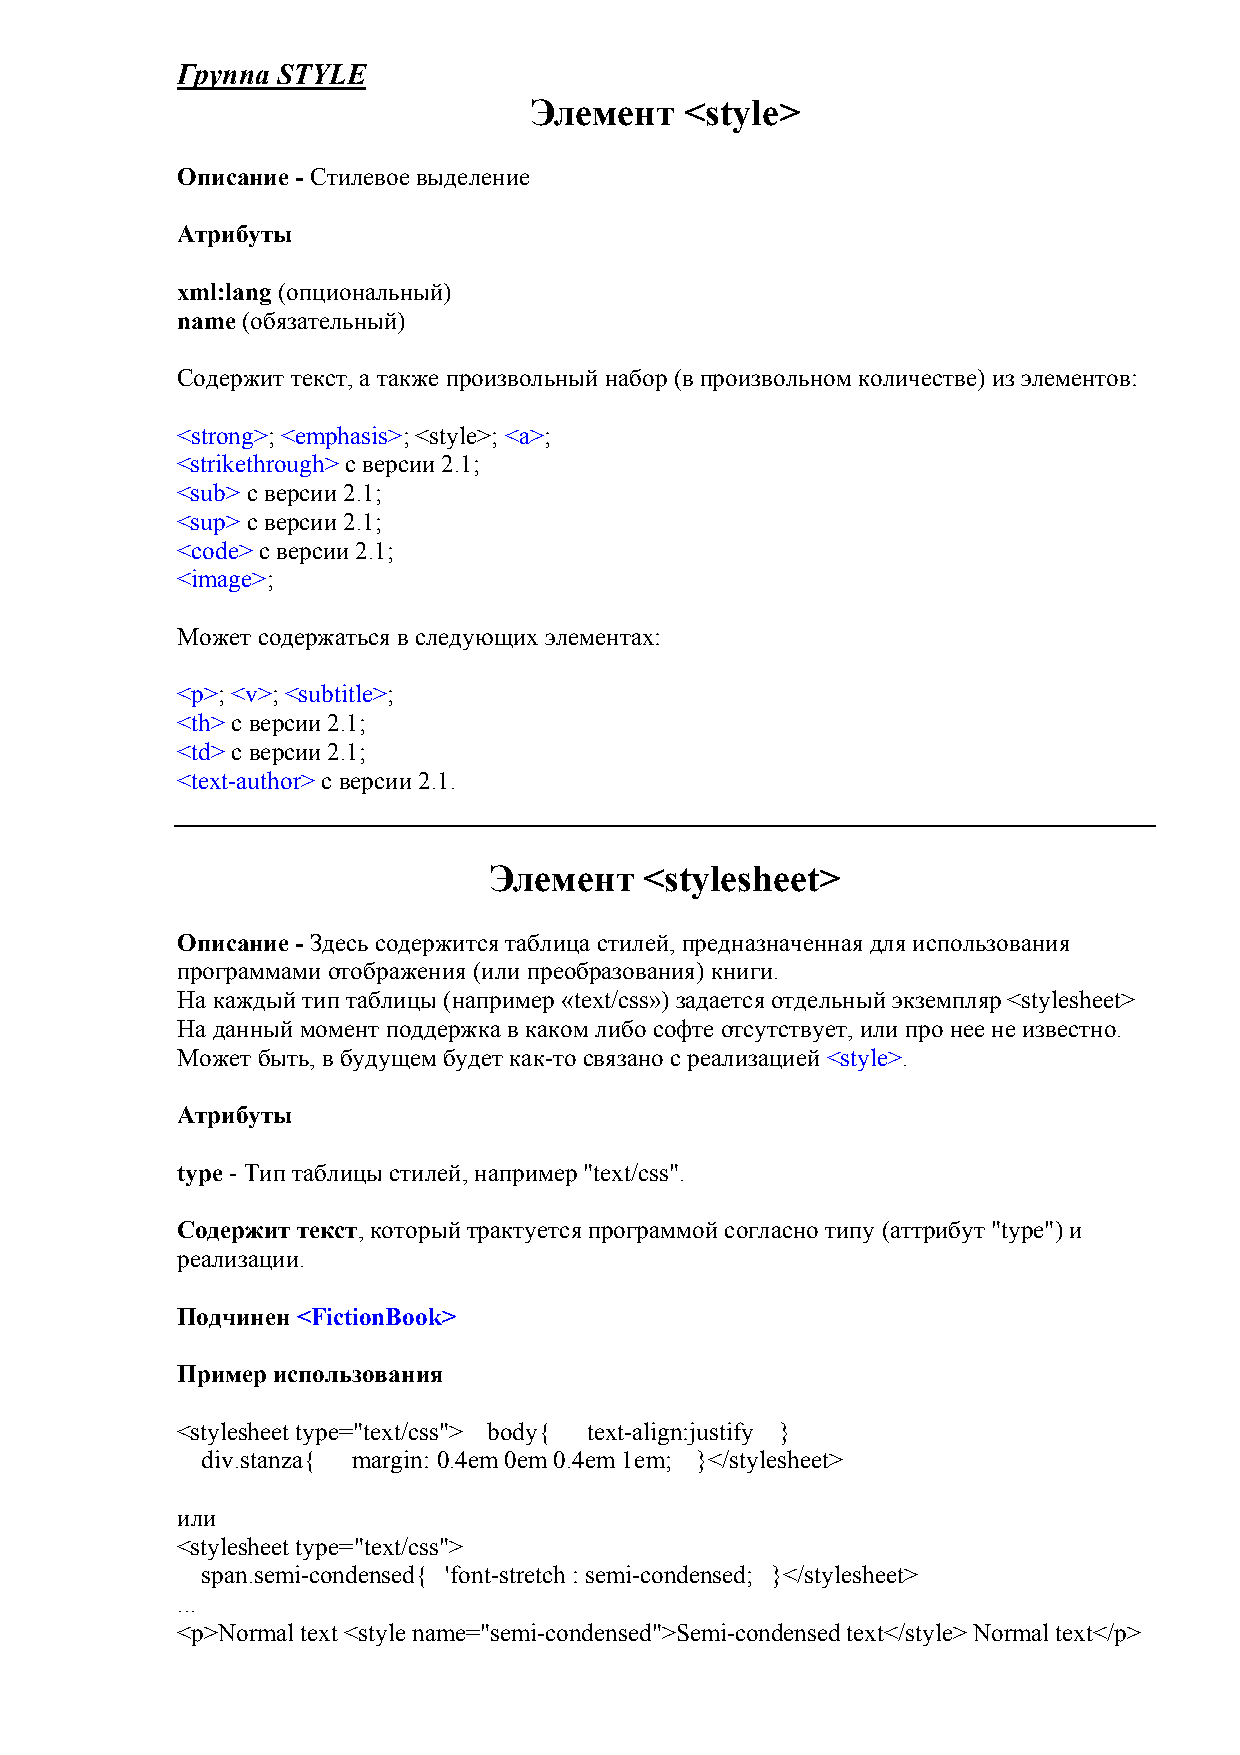
Группа STYLE
 Элемент   <style>
 Описание - Стилевое выделение
 Атрибуты
 xml:lang (опциональный)
 name (обязательный)
 Содержит текст, а также произвольный набор (в произвольном количестве) из элементов:
 <strong>; <emphasis>; <style>; <a>;
 <strikethrough> с версии 2.1;
 <sub> с версии 2.1;
 <sup> с версии 2.1;
 <code> с версии 2.1;
 ;
 Может содержаться в следующих элементах:
 <p>; <v>; <subtitle>;
 <th> с версии 2.1;
 <td> с версии 2.1;
 <text-author> с версии 2.1.
 Элемент    <stylesheet>
 Описание - Здесь содержится таблица стилей, предназначенная для использования
 программами отображения (или преобразования) книги.
 На каждый тип таблицы (например «text/css») задается отдельный экземпляр <stylesheet>
 На данный момент поддержка в каком либо софте отсутствует, или про нее не известно.
 Может быть, в будущем будет как-то связано с реализацией <style>.
 Атрибуты
 type - Тип таблицы стилей, например "text/css".
 Содержит текст, который трактуется программой согласно типу (аттрибут "type") и
 реализации.
 Подчинен <FictionBook>
 Пример использования
 <stylesheet type="text/css"> body{ text-align:justify }
 div.stanza{ margin: 0.4em 0em 0.4em 1em; }</stylesheet>
 или
 <stylesheet type="text/css">
 span.semi-condensed{ 'font-stretch : semi-condensed; }</stylesheet>
 ...
 <p>Normal text <style name="semi-condensed">Semi-condensed text</style> Normal text</p>